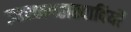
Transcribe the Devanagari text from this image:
उत्तरव्यवहारवादियों